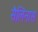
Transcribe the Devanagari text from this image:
सैलिनास